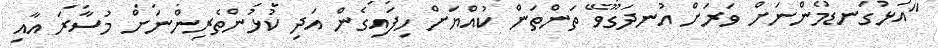
"އަޅުގަނޑުމެންނަށް ވަރަށް އުނދަގޫވޭ ތަންތަން ކުއްޔަށް ހިފައިިގެން އަދި ކުޅުންތެރިންނަށް މުސާރަ އާއި